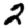
Digit: 2